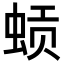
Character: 𬠈